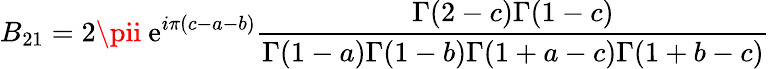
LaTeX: B_{21}=2\pii~\mathrm{e}^{i\pi(c-a-b)}\frac{{\Gamma(2-c)\Gamma(1-c)}}{{\Gamma(1-a)\Gamma(1-b)\Gamma(1+a-c)\Gamma(1+b-c)}}